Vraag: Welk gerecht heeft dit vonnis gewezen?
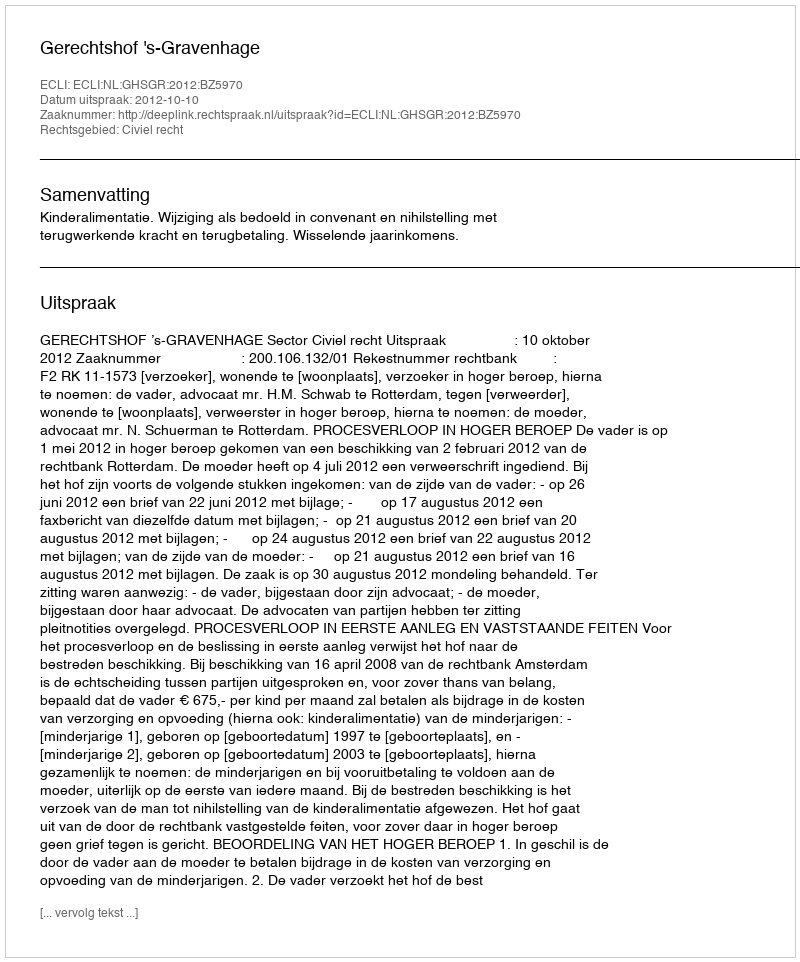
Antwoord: Gerechtshof 's-Gravenhage